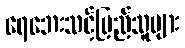
ရေဘေးသင့်ပြည်သူများ